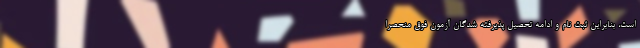
است، بنابراین ثبت نام و ادامه تحصیل پذیرفته شدگان آزمون فوق منحصرا